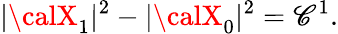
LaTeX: |{\calX}_{1}|^{2}-|{\calX}_{0}|^{2}=\mathscr{C}^{1}.